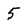
Character: 5